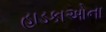
હાડકાઓના